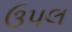
ઉપલ